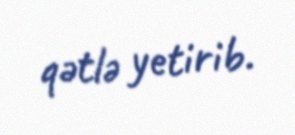
qətlə yetirib.